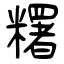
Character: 糬